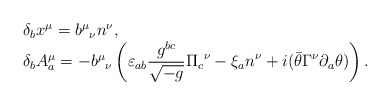
\begin{align*}\begin{array}{l}\delta_bx^\mu={b^\mu}_\nu n^\nu,\\\delta_bA^\mu_a=-{b^\mu}_\nu\displaystyle\left(\varepsilon_{ab}\frac{g^{bc}}{\sqrt{-g}}{\Pi_c}^\nu-\xi_an^\nu+i(\bar\theta\Gamma^\nu\partial_a\theta)\right).\end{array}\end{align*}